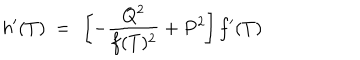
h ^ { \prime } ( T ) ~ = ~ \left[ { - { \frac { Q ^ { 2 } } { f ( T ) ^ { 2 } } } } + P ^ { 2 } \right] f ^ { \prime } ( T )